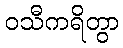
ဝသီကရိတွာ